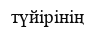
түйірінің